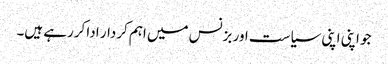
جو اپنی اپنی سیاست اور بزنس میں اہم کردار ادا کررہے ہیں۔